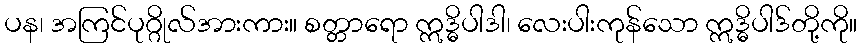
ပန၊ အကြင်ပုဂ္ဂိုလ်အားကား။ စတ္တာရော ဣဒ္ဓိပါဒါ၊ လေးပါးကုန်သော ဣဒ္ဓိပါဒ်တို့ကို။